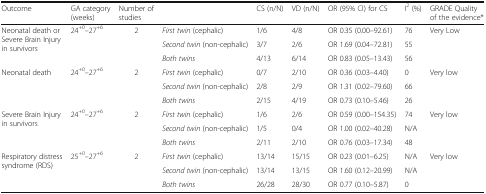
| Outcome | GA category (weeks) | Number of studies |  | CS (n/N) | VD (n/N) | OR (95% CI) for CS | I2 (%) | GRADE Quality of the evidence* |
 | --- | --- | --- | --- | --- | --- | --- | --- | --- |
 | <ROWSPAN=3> Neonatal death or Severe Brain Injury in survivors | <ROWSPAN=3> 24+0–27+6 | <ROWSPAN=3> 2 | First twin (cephalic) | 1/6 | 4/8 | OR 0.35 (0.00–92.61) | 76 | <ROWSPAN=3> Very Low |
 | Second twin (non-cephalic) | 3/7 | 2/6 | OR 1.69 (0.04–72.81) | 55 |
 | Both twins | 4/13 | 6/14 | OR 0.83 (0.05–13.43) | 56 |
 | <ROWSPAN=3> Neonatal death | <ROWSPAN=3> 24+0–27+6 | <ROWSPAN=3> 2 | First twin (cephalic) | 0/7 | 2/10 | OR 0.36 (0.03–4.40) | 0 | <ROWSPAN=3> Very low |
 | Second twin (non-cephalic) | 2/8 | 2/9 | OR 1.31 (0.02–79.60) | 66 |
 | Both twins | 2/15 | 4/19 | OR 0.73 (0.10–5.46) | 26 |
 | <ROWSPAN=3> Severe Brain Injury in survivors | <ROWSPAN=3> 24+0–27+6 | <ROWSPAN=3> 2 | First twin (cephalic) | 1/6 | 2/6 | OR 0.59 (0.00–154.35) | 74 | <ROWSPAN=2> Very low |
 | Second twin (non-cephalic) | 1/5 | 0/4 | OR 1.00 (0.02–40.28) | N/A |
 | Both twins | 2/11 | 2/10 | OR 0.76 (0.03–17.34) | 48 |  |
 | <ROWSPAN=3> Respiratory distress syndrome (RDS) | <ROWSPAN=3> 25+0–27+6 | <ROWSPAN=3> 2 | First twin (cephalic) | 13/14 | 15/15 | OR 0.23 (0.01–6.25) | N/A | <ROWSPAN=3> Very low |
 | Second twin (non-cephalic) | 13/14 | 13/15 | OR 1.60 (0.12–20.99) | N/A |
 | Both twins | 26/28 | 28/30 | OR 0.77 (0.10–5.87) | 0 |